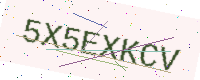
Text: 5X5EXKCV